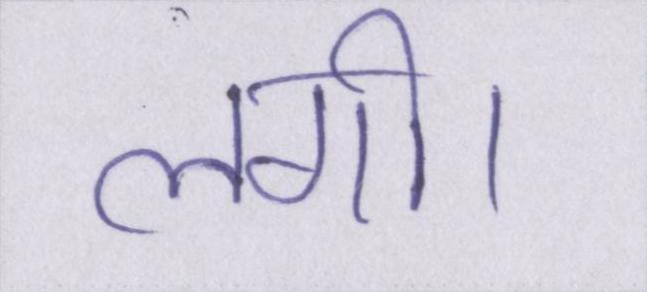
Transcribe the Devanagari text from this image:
लगी।